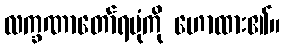
လက္ခဏာတော်ရပုံကို ဟောထား၏။